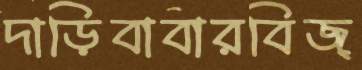
দাড়িবাবারবিজ্